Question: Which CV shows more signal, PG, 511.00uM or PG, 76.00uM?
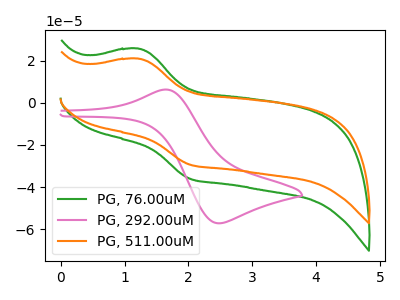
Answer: <think>The green curve "PG, 76.00uM" has an anodic peak at (1.20V, 25.65uA) and a cathodic peak at (2.05V, -36.10uA). The pink curve "PG, 292.00uM" has an anodic peak at (1.65V, 6.25uA) and a cathodic peak at (2.45V, -57.15uA). The orange curve "PG, 511.00uM" has an anodic peak at (1.20V, 20.90uA) and a cathodic peak at (2.05V, -29.40uA).
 All the peaks in "PG, 511.00uM" have a peak in "PG, 76.00uM" at the same potential. Every peak in "PG, 511.00uM" is lower than every peak in "PG, 76.00uM".</think>
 <answer>"PG, 511.00uM" has less signal than "PG, 76.00uM".</answer>
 <eval>less_signal</eval>